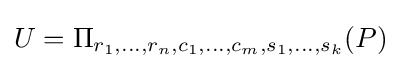
U=\Pi _{r_{1},\ldots ,r_{n},c_{1},\ldots ,c_{m},s_{1},\ldots ,s_{k}}(P)